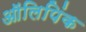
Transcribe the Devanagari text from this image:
ऑलिपिंक